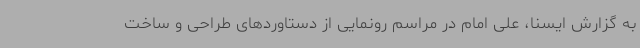
به گزارش ایسنا، علی امام در مراسم رونمایی از دستاوردهای طراحی و ساخت